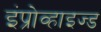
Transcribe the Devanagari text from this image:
इंप्रोव्हाइज्ड